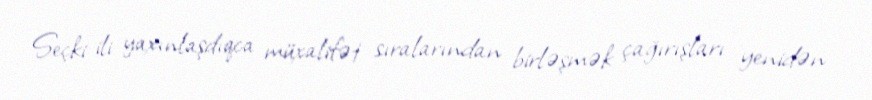
Seçki ili yaxınlaşdıqca müxalifət sıralarından birləşmək çağırışları yenidən